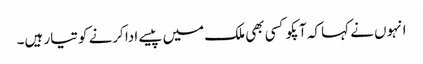
انہوں نے کہا کہ آپکو کسی بھی ملک میں پیسے ادا کرنے کو تیار ہیں۔